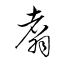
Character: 翥